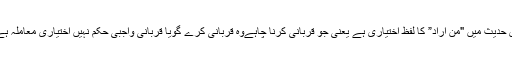
اس حدیث میں "من اراد” کا لفظ اختیاری ہے یعنی جو قربانی کرنا چاہےوہ قربانی کرے گویا قربانی واجبی حکم نہیں اختیاری معاملہ ہے ۔